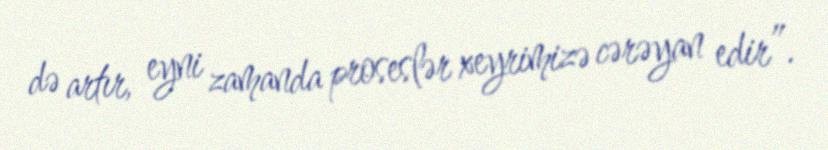
də artır, eyni zamanda proseslər xeyrimizə cərəyan edir”.